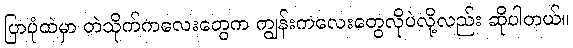
ပြာပုံထဲမှာ တဲသိုက်ကလေးတွေက ကျွန်းကလေးတွေလိုပဲလို့လည်း ဆိုပါတယ်။